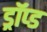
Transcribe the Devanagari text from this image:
ड्रॉप्ड